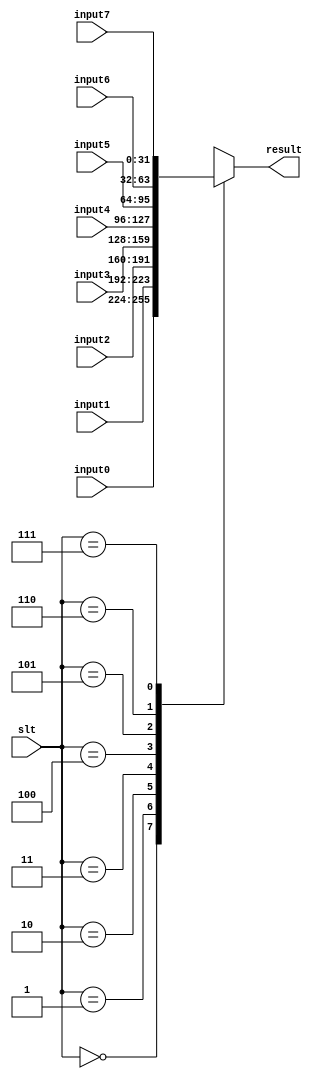
`timescale 1ns / 1ps
`default_nettype none 
module MUX8_1 #(
    parameter width = 32
) (
    input wire [2:0] slt,
    input wire [width-1:0] input0, input1, input2, input3, input4, input5, input6, input7,
    output wire [width-1:0] result
);
    reg [width-1:0] resultReg;
    assign result = resultReg;
    always @(*) begin
        case (slt)
            3'b000: begin
                resultReg = input0;
            end 
            3'b001: begin
                resultReg = input1;
            end 
            3'b010: begin
                resultReg = input2;
            end 
            3'b011: begin
                resultReg = input3;
            end 
            3'b100: begin
                resultReg = input4;
            end 
            3'b101: begin
                resultReg = input5;
            end 
            3'b110: begin
                resultReg = input6;
            end 
            3'b111: begin
                resultReg = input7;
            end 
            default: begin
                resultReg = input0;
            end
        endcase
    end
endmodule